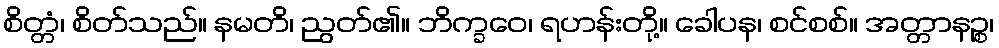
စိတ္တံ၊ စိတ်သည်။ နမတိ၊ ညွတ်၏။ ဘိက္ခဝေ၊ ရဟန်းတို့။ ခေါပန၊ စင်စစ်။ အတ္တာနဉ္စ၊